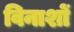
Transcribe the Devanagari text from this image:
विनाशों